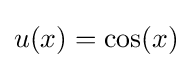
u(x)=\cos(x)